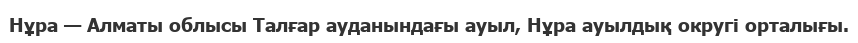
Нұра — Алматы облысы Талғар ауданындағы ауыл, Нұра ауылдық округі орталығы.